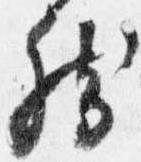
然